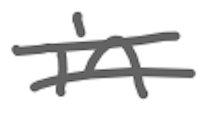
Text: in
Cross-out: mix
Writing tool: digital_gray